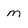
Character: m